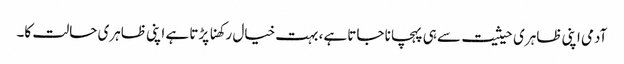
آدمی اپنی ظاہری حیثیت سے ہی پہچانا جاتا ہے، بہت خیال رکھنا پڑتا ہے اپنی ظاہری حالت کا۔